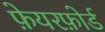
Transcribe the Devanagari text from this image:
फ़ेयरफ़ोर्ड